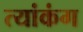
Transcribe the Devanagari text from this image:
त्यांकंग